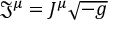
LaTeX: { \mathfrak { J } } ^ { \mu } = J ^ { \mu } { \sqrt { - g } }